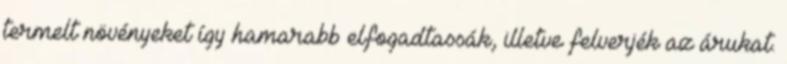
termelt növényeket így hamarabb elfogadtassák, illetve felverjék az árukat.